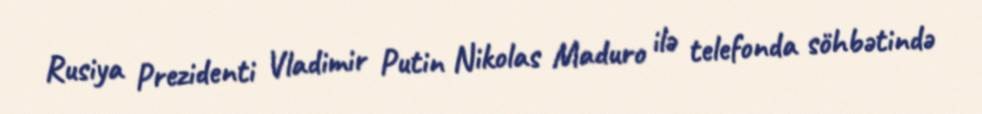
Rusiya Prezidenti Vladimir Putin Nikolas Maduro ilə telefonda söhbətində